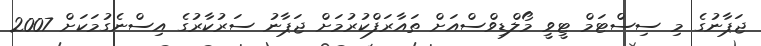
ޖަޕާނުގެ މި ސިސްޓަމް ޓީވީ މޯލްޑިވްސްއަށް ތައާރަފްކުރުމަށް ޖަޕާނު ސަރުކާރުގެ އިސްނެގުމަކަށް 2007